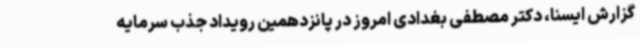
گزارش ایسنا، دکتر مصطفی بغدادی امروز در پانزدهمین رویداد جذب سرمایه